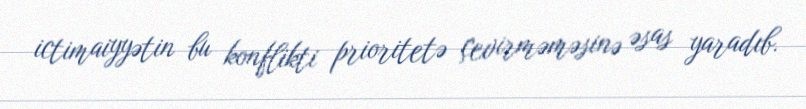
ictimaiyyətin bu konflikti prioritetə çevirməməsinə əsas yaradıb.